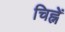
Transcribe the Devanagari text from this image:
चिह्नें